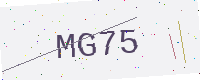
Text: MG75